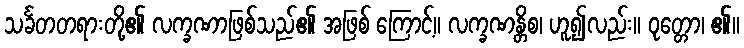
သင်္ခတတရားတို့၏ လက္ခဏာဖြစ်သည်၏ အဖြစ် ကြောင့်။ လက္ခဏန္တိစ၊ ဟူ၍လည်း။ ဝုတ္တော၊ ၏။